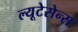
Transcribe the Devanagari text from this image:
ल्यूटेसेन्स